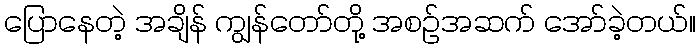
ပြောနေတဲ့ အချိန် ကျွန်တော်တို့ အစဉ်အဆက် အော်ခဲ့တယ်။